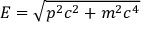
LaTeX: E = { \sqrt { p ^ { 2 } c ^ { 2 } + m ^ { 2 } c ^ { 4 } } }